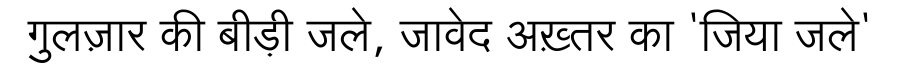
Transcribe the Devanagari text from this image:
गुलज़ार की बीड़ी जले, जावेद अख़्तर का 'जिया जले'